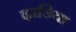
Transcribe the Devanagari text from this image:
ढ़ाडिया